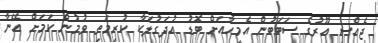
ޖެއްސީ އޫރުގެ ސަބަބުން އެމީހާއަށް ބޮޑު އުދަގުލަކާ ކުރިމަތި ވުމުން ކަމަށް އޭނާ